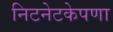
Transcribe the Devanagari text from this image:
निटनेटकेपणा